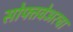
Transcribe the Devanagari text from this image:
सोफ्तवेअरचा